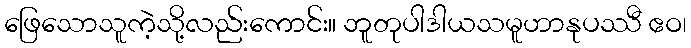
ဖြေသောသူကဲ့သို့လည်းကောင်း။ ဘူတုပါဒါယသမူဟာနုပဿီ ဧဝ၊